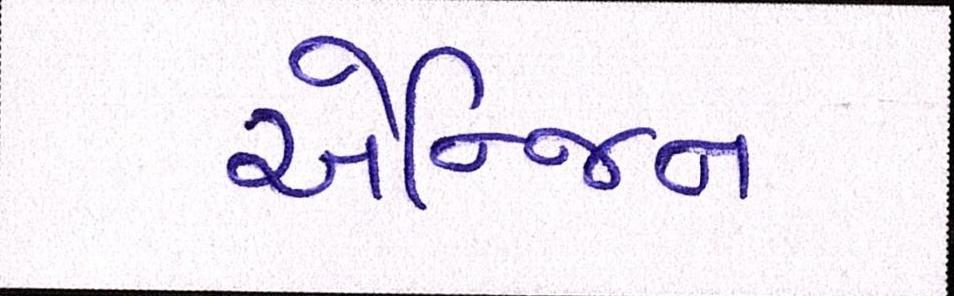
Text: એન્જિન